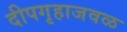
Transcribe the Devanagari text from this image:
दीपगृहाजवळ